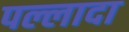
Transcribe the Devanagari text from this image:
पल्लादा